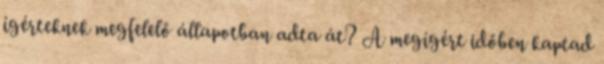
ígérteknek megfelelő állapotban adta át? A megígért időben kaptad